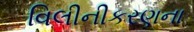
વિલીનીકરણના